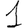
Digit: 1